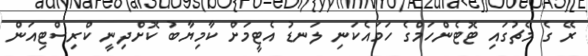
ރޭ ގެ މެޗުގައި ޓޮޓެންހަމްގެ ހަމައެކަނި ލަނޑު އެޓީމަށް ކާމިޔާބު ކޮށްދިނީ ކްރިސްޓިއަން